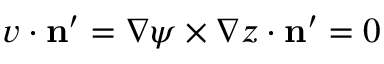
\boldsymbol { v } \cdot \mathbf { n } ^ { \prime } = \nabla \psi \times \nabla z \cdot \mathbf { n } ^ { \prime } = 0